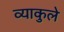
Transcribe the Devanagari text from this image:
व्याकुले